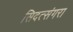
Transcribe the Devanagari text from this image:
सिदत्संगरा